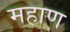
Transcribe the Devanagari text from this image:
महाण